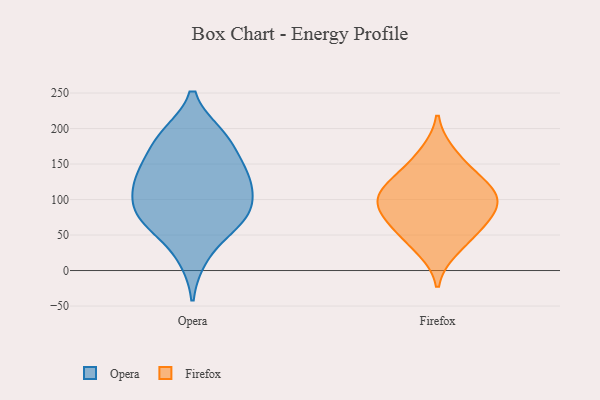
{"axis": {"x": "Website Visitors", "y": "Value"}, "legend": ["Firefox", "Opera"], "data": [{"x": "", "y": 124, "type": "Opera"}, {"x": "", "y": 190, "type": "Opera"}, {"x": "", "y": 114, "type": "Opera"}, {"x": "", "y": 89, "type": "Opera"}, {"x": "", "y": 70, "type": "Opera"}, {"x": "", "y": 63, "type": "Opera"}, {"x": "", "y": 83, "type": "Opera"}, {"x": "", "y": 188, "type": "Opera"}, {"x": "", "y": 137, "type": "Opera"}, {"x": "", "y": 78, "type": "Opera"}, {"x": "", "y": 183, "type": "Opera"}, {"x": "", "y": 133, "type": "Opera"}, {"x": "", "y": 20, "type": "Opera"}, {"x": "", "y": 145, "type": "Opera"}, {"x": "", "y": 100, "type": "Firefox"}, {"x": "", "y": 128, "type": "Firefox"}, {"x": "", "y": 136, "type": "Firefox"}, {"x": "", "y": 103, "type": "Firefox"}, {"x": "", "y": 108, "type": "Firefox"}, {"x": "", "y": 89, "type": "Firefox"}, {"x": "", "y": 77, "type": "Firefox"}, {"x": "", "y": 61, "type": "Firefox"}, {"x": "", "y": 166, "type": "Firefox"}, {"x": "", "y": 29, "type": "Firefox"}, {"x": "", "y": 53, "type": "Firefox"}]}